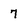
Character: 7